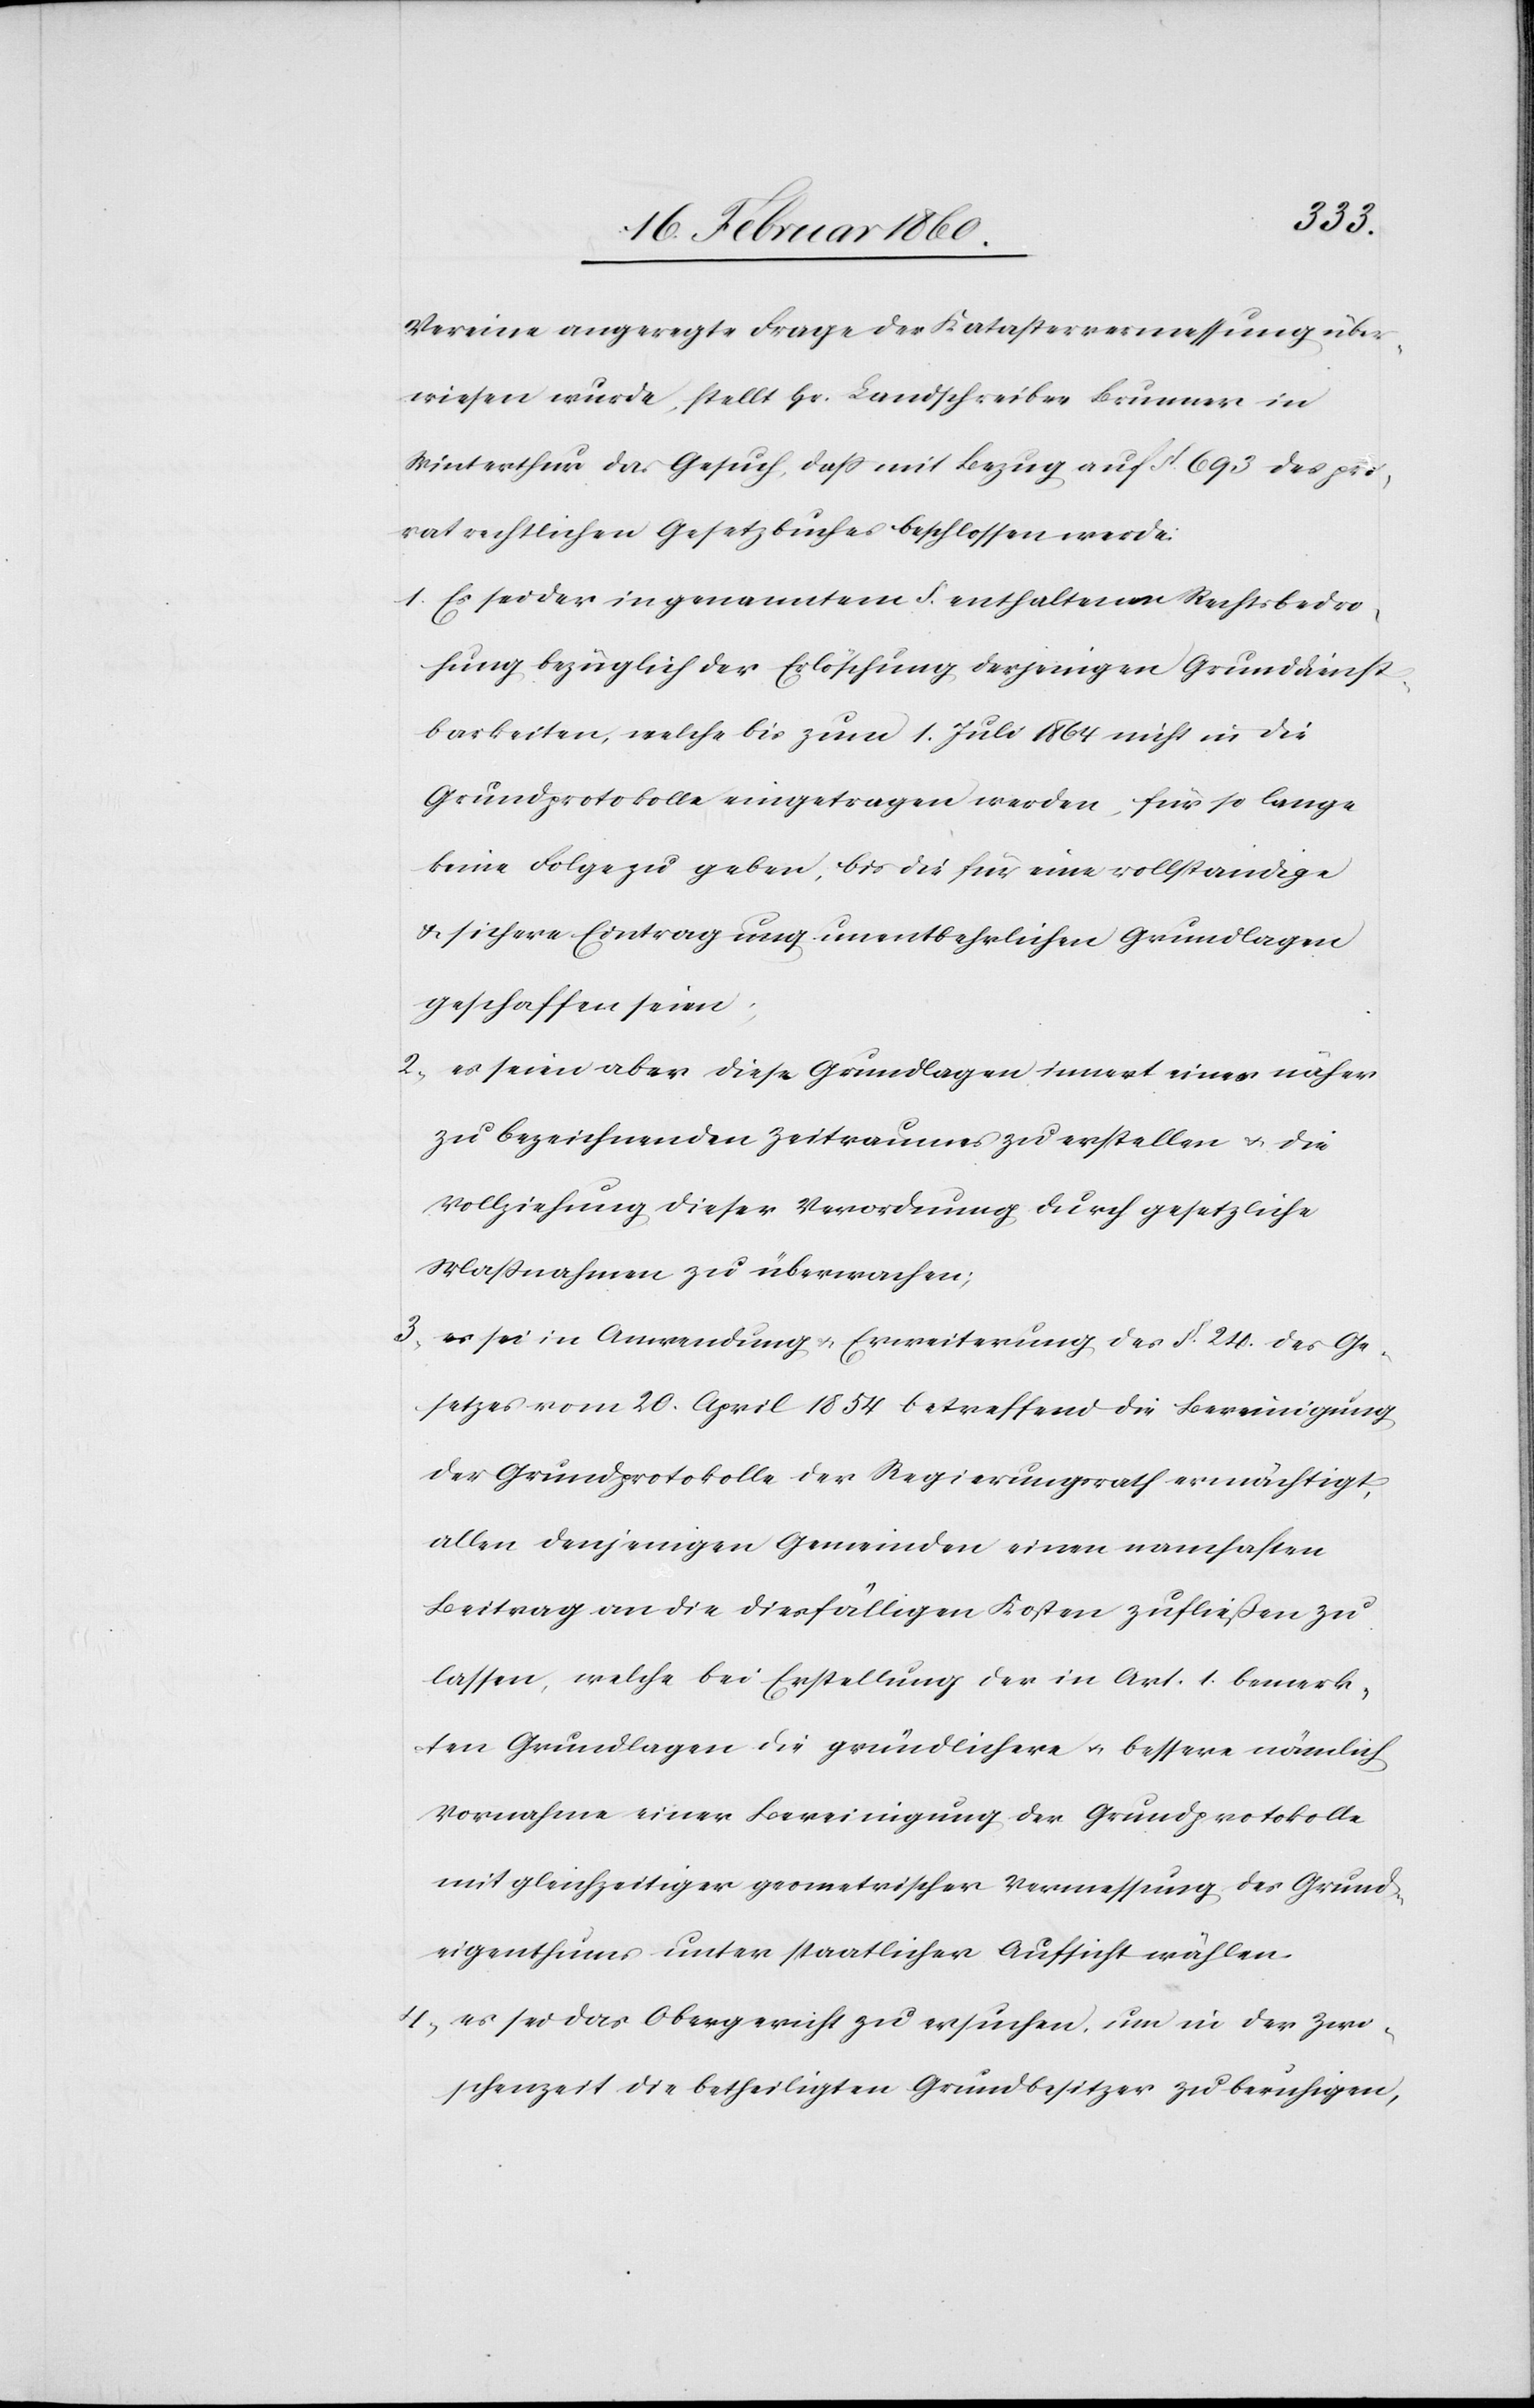
Vereine angeregte Frage der Katastervermessung über¬
wiesen wurde, stellt Hr. Landschreiber Brunner in
Winterthur das Gesuch, dass mit Bezug auf §. 693. des pri¬
vatrechtlichen Gesetzbuches beschlossen werde;
1. Es sei der im genannten §. enthaltenen Rechtsbedro¬
hung bezüglich der Erlöschung derjenigen Grunddienst¬
barbeiten [sic!], welche bis zum 1. Juli 1864 nicht in die
Grundprotokolle eingetragen werden, für so lange
keine Folge zu geben, bis die für eine vollstandige
u. sichere Eintragung unentbehrlichen Grundlagen
geschaffen seien.
2. es seien aber diese Grundlagen innert eines näher
zu bezeichnenden Zeitraumes zu erstellen u. die
Vollziehung dieser Verordnung durch gesetzliche
Massnahmen zu übermachen;
3. es sei in Anwendung u. Erweiterung des §. 24. des Ge¬
setzes vom 20. April 1854 betreffend eine Bereinigung
der Grundprotokolle der Regierungsrath ermächtigt,
allen denjenigen Gemeinden einen namhaften
Beitrag an die diesfälligen Kosten zufließen zu
lassen, welche bei Erstellung der in Art. 1. bemerk¬
ten Grundlagen die gründlichere u. bessere nämliche
Vornahme einer Bereinigung der Grundprotokolle
mit gleichzeitiger geometrischer Vermessung des Grund¬
eigenthums unter staatlicher Aufsicht wählen.
4. es sei das Obergericht zu ersuchen, um in der Zwi¬
schenzeit die betheiligten Grundbesitzer zu beruhigen,